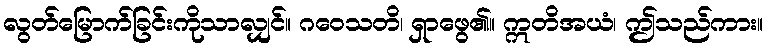
လွတ်မြောက်ခြင်းကိုသာလျှင်။ ဂဝေသတိ၊ ရှာဖွေ၏။ ဣတိအယံ၊ ဤသည်ကား။